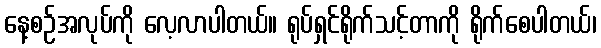
နေ့စဉ်အလုပ်ကို လေ့လာပါတယ်။ ရုပ်ရှင်ရိုက်သင့်တာကို ရိုက်စေပါတယ်၊